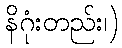
နိဂုံးတည်း၊)